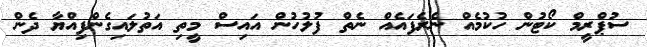
ސުޕްރީމް ކޯޓުން ހުކުމެއް ނެރެފައެއް ނެތް ފުލުހުން އައިސް މީތި އަތުލައިގެންފިއްޔާ ދެން